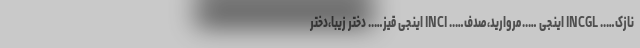
نازک….. INCGL اینجی …..مروارید،صدف….. INCI اینجی قیز….. دختر زیبا،دختر